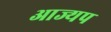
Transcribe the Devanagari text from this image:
आज्यप